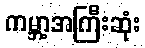
ကမ္ဘာ့အကြီးဆုံး